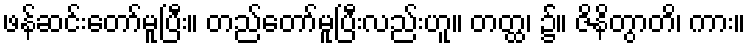
ဖန်ဆင်းတော်မူပြီး။ တည်တော်မူပြီးလည်းဟူ။ တတ္ထ၊ ၌။ ဇိနိတွာတိ၊ ကား။